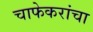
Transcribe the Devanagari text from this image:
चाफेकरांचा